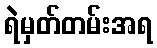
ရဲမှတ်တမ်းအရ